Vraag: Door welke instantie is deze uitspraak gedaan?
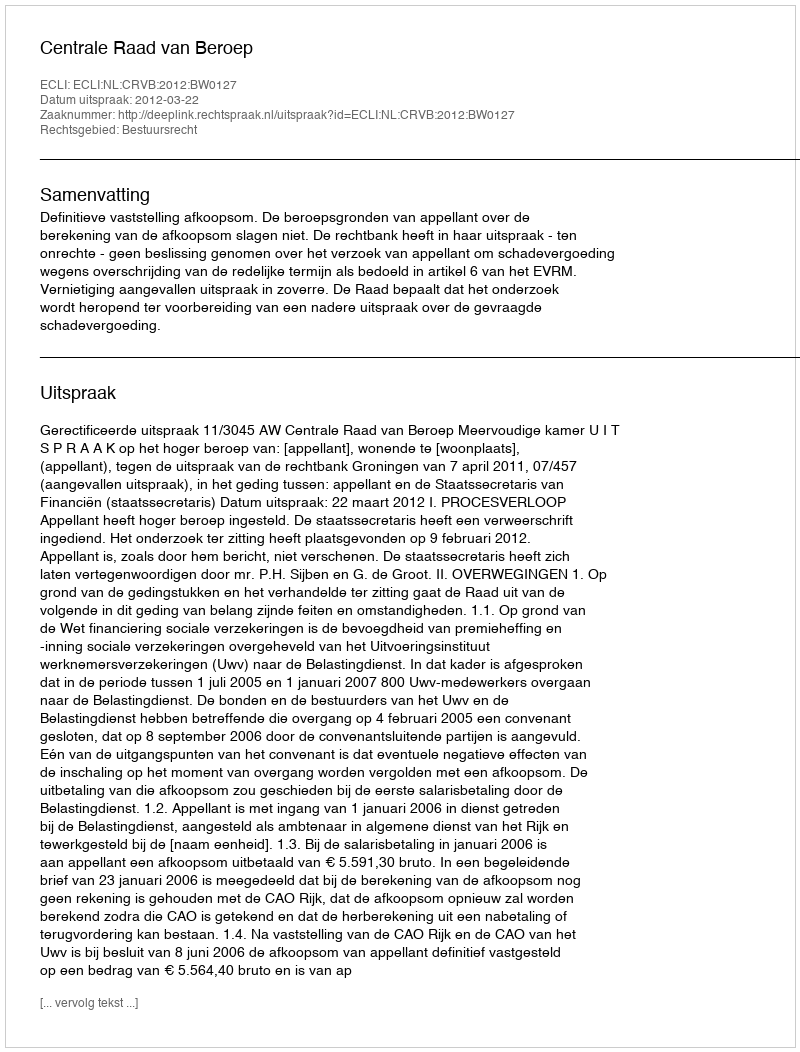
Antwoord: Centrale Raad van Beroep